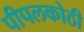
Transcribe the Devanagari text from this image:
पीपलकोठी